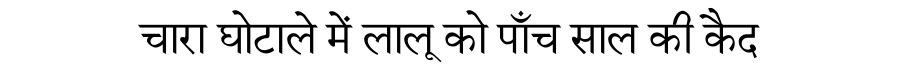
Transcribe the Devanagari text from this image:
चारा घोटाले में लालू को पाँच साल की कैद